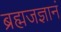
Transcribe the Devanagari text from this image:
ब्रह्मजज्ञानं